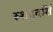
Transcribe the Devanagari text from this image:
रुशददर्शि